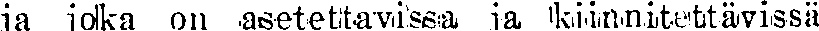
ja jokka on asetettavissa ja kiinnitettävissä